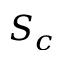
S _ { c }